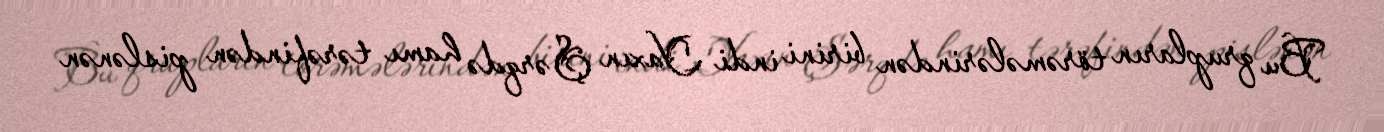
Bu qrupların törəmələrindən birini indi Yaxın Şərqdə hamı tərəfindən pislənən